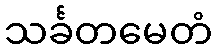
သင်္ခတမေတံ